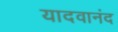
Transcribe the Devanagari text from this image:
यादवानंद